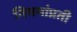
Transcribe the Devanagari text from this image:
नियमांप्रती